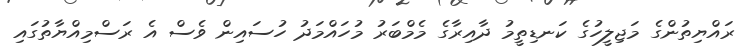
ރައްޔިތުންގެ މަޖިލީހުގެ ކަނޑިތީމު ދާއިރާގެ މެމްބަރު މުހައްމަދު ހުސައިން ވެސް އެ ރަސްމިއްޔާތުގައި